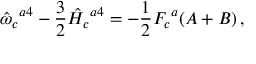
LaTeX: \hat { \omega } _ { c } { } ^ { a 4 } - \frac { 3 } { 2 } \hat { H } _ { c } { } ^ { a 4 } = - \frac { 1 } { 2 } F _ { c } { } ^ { a } ( A + B ) \, ,